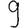
Digit: 9